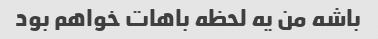
باشه من یه لحظه باهات خواهم بود